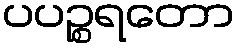
ပပဉ္စရတော